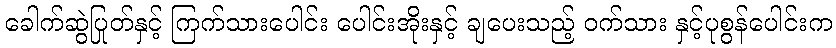
ခေါက်ဆွဲပြုတ်နှင့် ကြက်သားပေါင်း ပေါင်းအိုးနှင့် ချပေးသည့် ဝက်သား နှင့်ပုစွန်ပေါင်းက